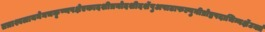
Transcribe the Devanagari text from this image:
तत्राश्वलायनेनचकृष्णपक्षेएकादशीत्रयोदशीदर्शेषुअषाढाफल्गुनीप्रोष्ठपदाभिन्नर्क्षेउक्तं